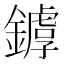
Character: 𨬷